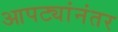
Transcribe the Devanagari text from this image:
आपट्यांनंतर